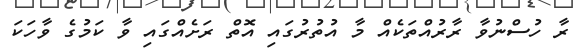
ރާ ހުސްނުވާ ރާރުއްތަކެއް މާ އުތުރުގައި އޮތް ރަށެއްގައި ވާ ކަމުގެ ވާހަކަ